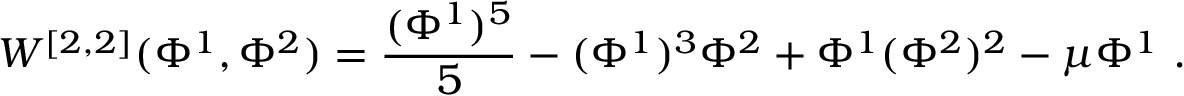
W ^ { [ 2 , 2 ] } ( \Phi ^ { 1 } , \Phi ^ { 2 } ) = { \frac { ( \Phi ^ { 1 } ) ^ { 5 } } { 5 } } - ( \Phi ^ { 1 } ) ^ { 3 } \Phi ^ { 2 } + \Phi ^ { 1 } ( \Phi ^ { 2 } ) ^ { 2 } - \mu \Phi ^ { 1 } ~ .